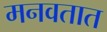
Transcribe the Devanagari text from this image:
मनवतात